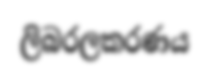
ලිබරලකරණය